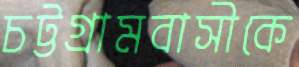
চট্টগ্রামবাসীকে